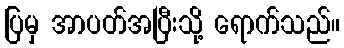
ပြမှ အာပတ်အပြီးသို့ ရောက်သည်။